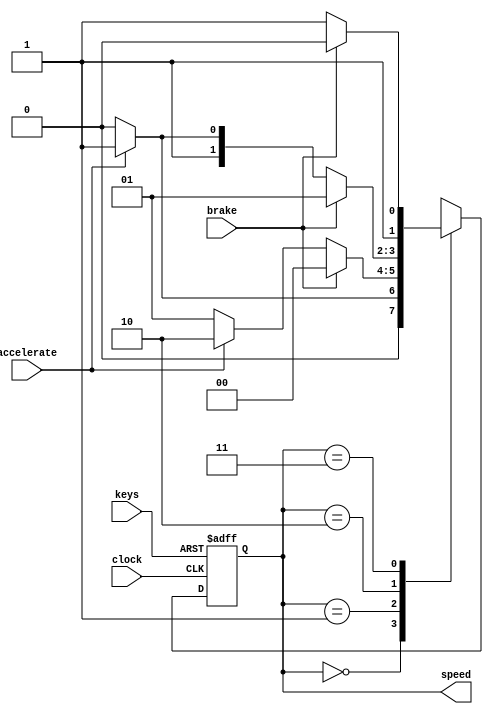
module car_speed_cntl (clock, keys, brake, accelerate, speed);
  input clock, keys, brake, accelerate;
  output [1:0] speed;
  reg[1:0] speed, newspeed;
  parameter STOP = 2'b00, SLOW = 2'b01, 
            MEDIUM = 2'b10, FAST = 2'b11;
  
  always @(posedge clock or negedge keys)
  begin
    if (!keys)
      speed <= STOP;
    else
      speed <= newspeed;
  end
  
  always @(speed or keys or brake or accelerate)
  begin
    case (speed)
      STOP: begin
        if (accelerate)
          newspeed = SLOW;
        else
          newspeed = STOP;
      end
      SLOW: begin
        if (brake) 
          newspeed = STOP;
        else if (accelerate)
          newspeed = MEDIUM;
        else
          newspeed = SLOW;
      end
      MEDIUM: begin
        if (brake) 
          newspeed = SLOW;
        else if (accelerate)
          newspeed = FAST;
        else
          newspeed = MEDIUM;
      end
      FAST: begin
        if (brake) 
          newspeed = MEDIUM;
        else
          newspeed = FAST;
      end
      default: 
        newspeed = STOP;
    endcase
  end
  
endmodule